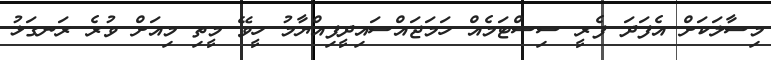
މިސާލަކަށް އެފަދަ ފެރީ ސިސްޓަމެއް ހަމަޖައްސައިދީފިއްޔާމު ހީވޭ މީތި މިއަށް ވުރެ ރަނގަޅު